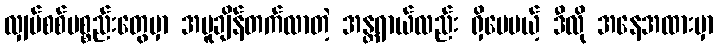
လျှပ်စစ်ပစ္စည်းတွေမှာ အပူချိန်တက်လာတဲ့ အန္တရာယ်လည်း ရှိပေမယ့် ဒီလို အနေအထားမှာ